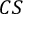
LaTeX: { \boldsymbol { C } } { \boldsymbol { S } }